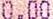
0.00